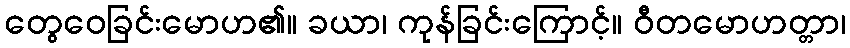
တွေဝေခြင်းမောဟ၏။ ခယာ၊ ကုန်ခြင်းကြောင့်။ ဝီတမောဟတ္တာ၊